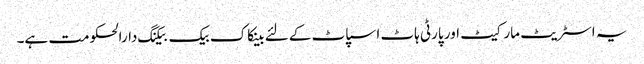
یہ اسٹریٹ مارکیٹ اور پارٹی ہاٹ اسپاٹ کے لئے بینکاک بیک بیکنگ دارالحکومت ہے۔